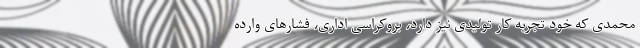
محمدی که خود تجربه کار تولیدی نیز دارد، بروکراسی اداری، فشارهای وارده